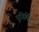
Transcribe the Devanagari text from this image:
पुनिर्मित